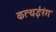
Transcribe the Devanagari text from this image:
कत्थईरंग